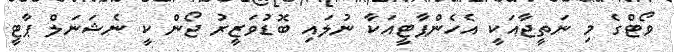
ވޯޓްގެ މި ނަތީޖާއަކީ އެހެންޕާޓީއަކާ ނުލައި ބޮޑުވަޒީރު ޖޯން ކީ ނެޝަނަލް ޕާޓީ